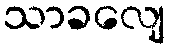
သာခလျေ